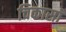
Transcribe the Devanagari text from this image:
चिकासॉ